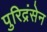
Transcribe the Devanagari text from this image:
पुरिद्रंसेन